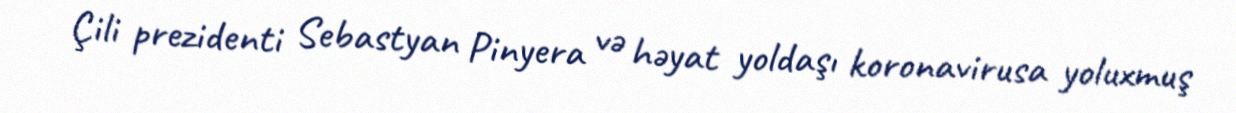
Çili prezidenti Sebastyan Pinyera və həyat yoldaşı koronavirusa yoluxmuş